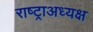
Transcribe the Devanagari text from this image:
राष्ट्राअध्यक्ष